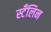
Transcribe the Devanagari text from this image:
स्टँलिन